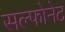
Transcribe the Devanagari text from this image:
सल्फोनेट